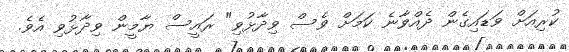
ކުރިއަށް ވަޑައިގެން ދެއްވާނެ ކަމަށް ވެސް ވިދާޅުވި" ރައީސް ޔާމީން ވިދާޅުވި އެވެ.